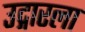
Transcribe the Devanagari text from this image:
उद्गारला